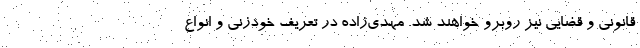
قانونی و قضایی نیز روبرو خواهند شد. مهدی‌زاده در تعریف خودزنی و انواع